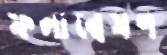
ফলান্বেষণ